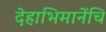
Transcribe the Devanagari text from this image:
देहाभिमानेंचि